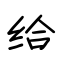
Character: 给